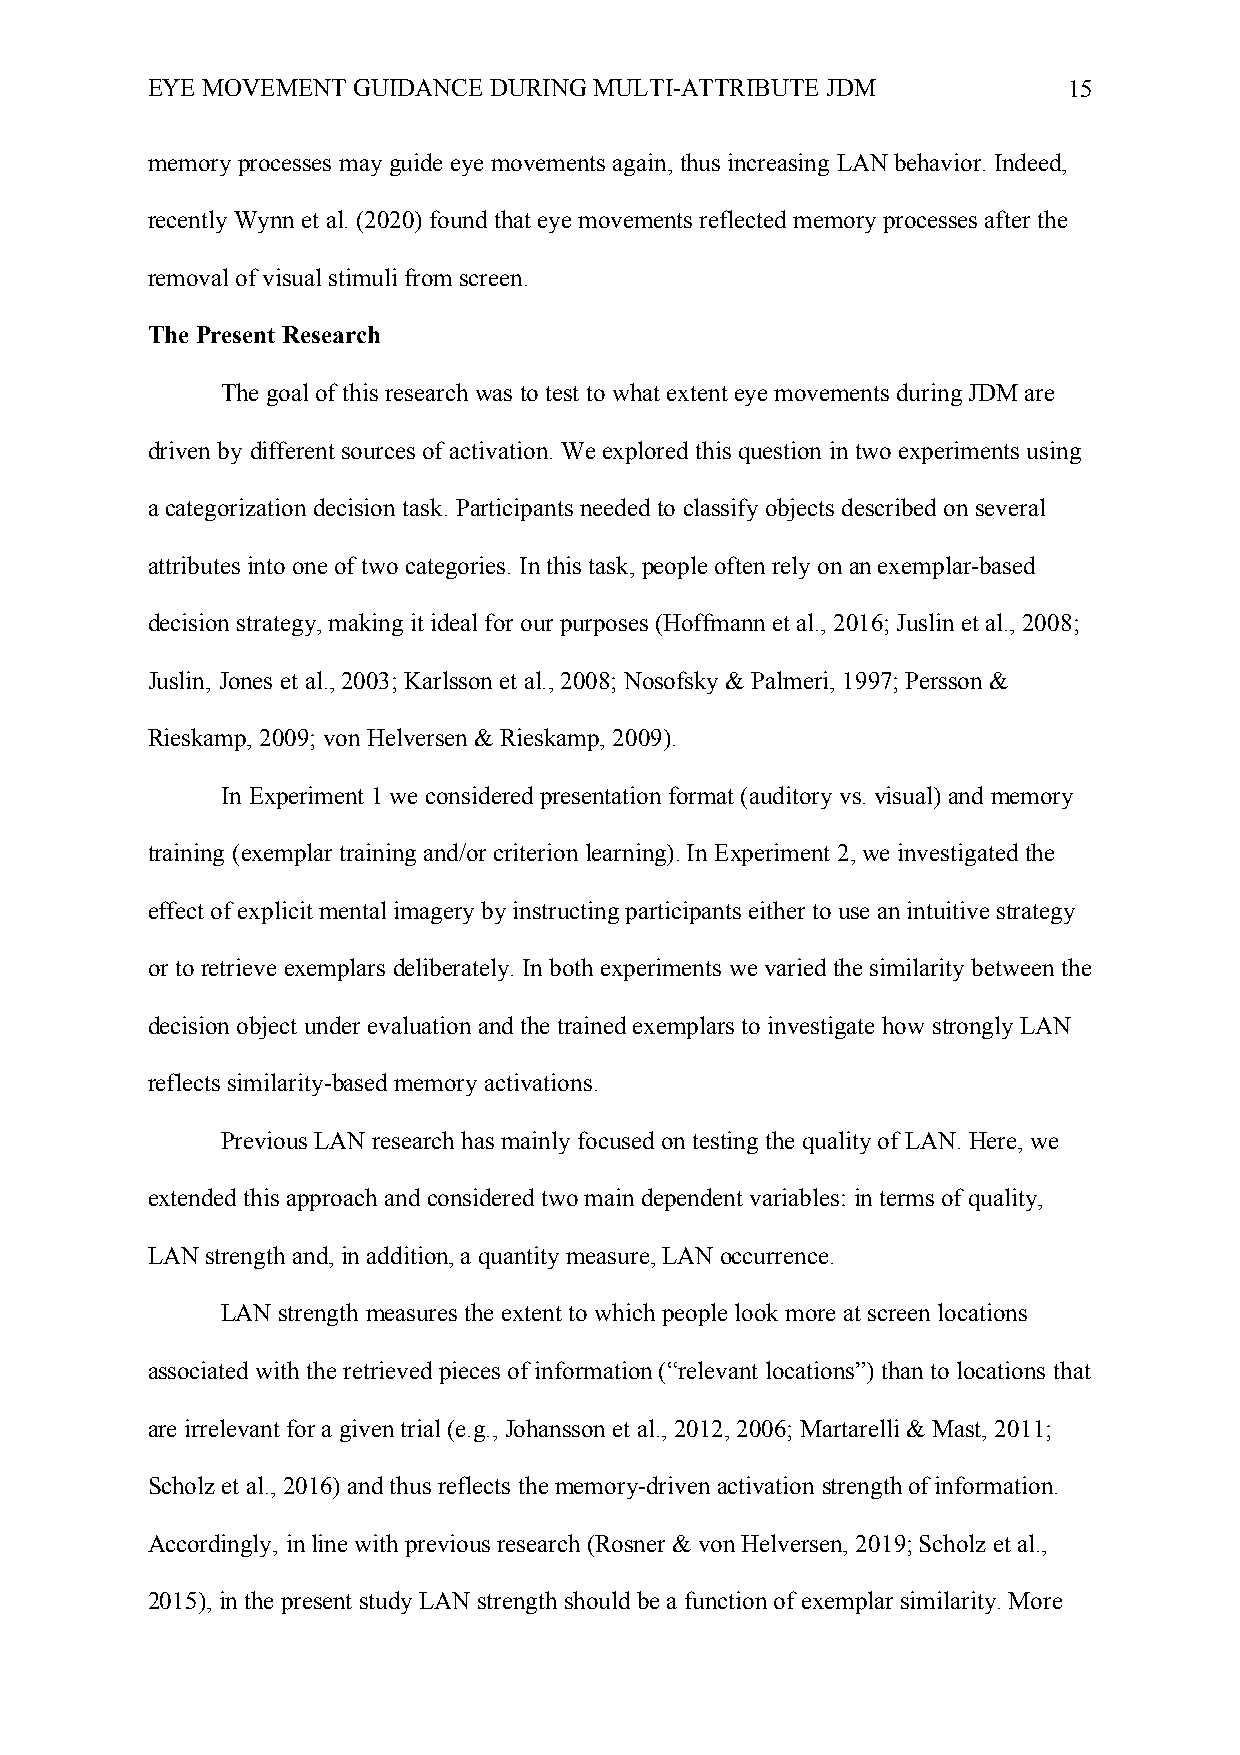
EYE MOVEMENT GUIDANCE DURING MULTI-ATTRIBUTE JDM             15
 memory processes may guide eye movements again, thus increasing LAN behavior. Indeed,
 recently Wynn et al. (2020) found that eye movements reflected memory processes after the
 removal of visual stimuli from screen.
 The Present Research
 The goal of this research was to test to what extent eye movements during JDM are
 driven by different sources of activation. We explored this question in two experiments using
 a categorization decision task. Participants needed to classify objects described on several
 attributes into one of two categories. In this task, people often rely on an exemplar-based
 decision strategy, making it ideal for our purposes (Hoffmann et al., 2016; Juslin et al., 2008;
 Juslin, Jones et al., 2003; Karlsson et al., 2008; Nosofsky & Palmeri, 1997; Persson &
 Rieskamp, 2009; von Helversen & Rieskamp, 2009).
 In Experiment 1 we considered presentation format (auditory vs. visual) and memory
 training (exemplar training and/or criterion learning). In Experiment 2, we investigated the
 effect of explicit mental imagery by instructing participants either to use an intuitive strategy
 or to retrieve exemplars deliberately. In both experiments we varied the similarity between the
 decision object under evaluation and the trained exemplars to investigate how strongly LAN
 reflects similarity-based memory activations.
 Previous LAN research has mainly focused on testing the quality of LAN. Here, we
 extended this approach and considered two main dependent variables: in terms of quality,
 LAN strength and, in addition, a quantity measure, LAN occurrence.
 LAN strength measures the extent to which people look more at screen locations
 associated with the retrieved pieces of information (“relevant locations”) than to locations that
 are irrelevant for a given trial (e.g., Johansson et al., 2012, 2006; Martarelli & Mast, 2011;
 Scholz et al., 2016) and thus reflects the memory-driven activation strength of information.
 Accordingly, in line with previous research (Rosner & von Helversen, 2019; Scholz et al.,
 2015), in the present study LAN strength should be a function of exemplar similarity. More